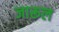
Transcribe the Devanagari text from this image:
जारूल